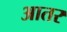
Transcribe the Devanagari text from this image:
आतर